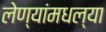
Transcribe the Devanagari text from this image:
लेण्यांमधल्या